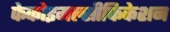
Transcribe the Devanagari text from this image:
फेकोइमल्सीफिकेशन